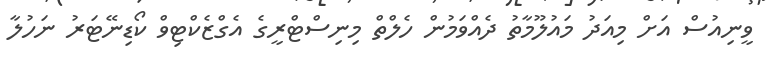
ވީނިއުސް އަށް މިއަދު މައުލޫމާތު ދެއްވަމުން ހެލްތް މިނިސްޓްރީގެ އެގްޒެކްޓިވް ކޯޑިނޭޓަރު ނަހުލާ